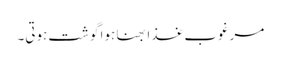
مرغوب غذا بھنا ہوا گوشت ہوتی۔